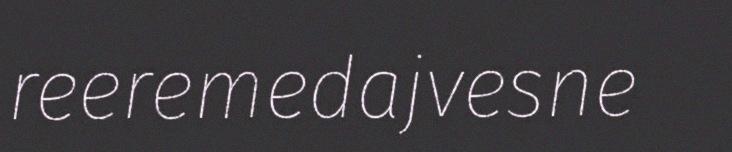
reeremedajvesne